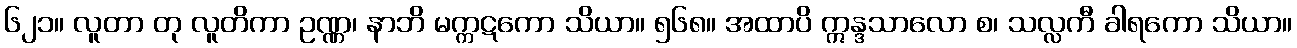
၆၂၁။ လူတာ တု လူတိကာ ဥဏ္ဏ၊ နာဘိ မက္ကဋကော သိယာ။ ၅၆၈။ အထာပိ ဣန္ဒသာလော စ၊ သလ္လကီ ခါရကော သိယာ။